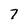
Character: 7